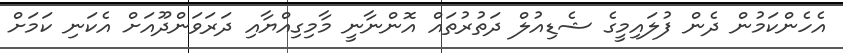
އެހެންކަމުން ދެން ފުލައިމީގެ ޝެޑިއުލް ދަތުރުތައް އޮންނާނީ މާމިގިއްޔާއި ދަރަވަންދޫއަށް އެކަނި ކަމަށް